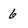
Character: 6